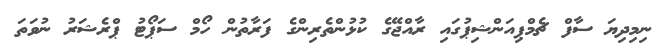
ނިމިދިޔަ ސާފް ޗެމްޕިއަންޝިޕުގައި ރާއްޖޭގެ ކުޅުންތެރިންގެ ފަރާތުން ހޯމް ސަޕޯޓު ޕްރެޝަރު ނުވަތަ